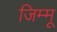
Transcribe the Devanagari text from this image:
जिम्मू